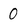
Character: O